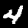
Digit: 4